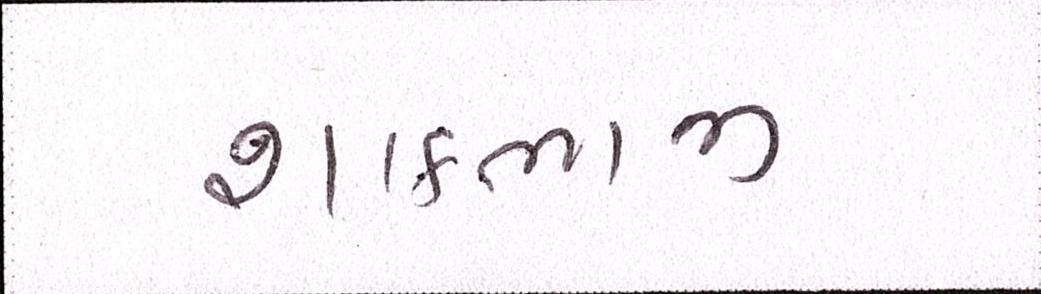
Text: શાકભાજી